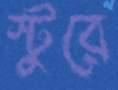
স্টুরে